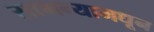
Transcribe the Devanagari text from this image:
सामन्यामधून